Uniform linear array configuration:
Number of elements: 8
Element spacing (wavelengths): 0.75
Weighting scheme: blackman
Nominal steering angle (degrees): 0
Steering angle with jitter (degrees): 1.582
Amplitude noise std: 0.05
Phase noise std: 0.05

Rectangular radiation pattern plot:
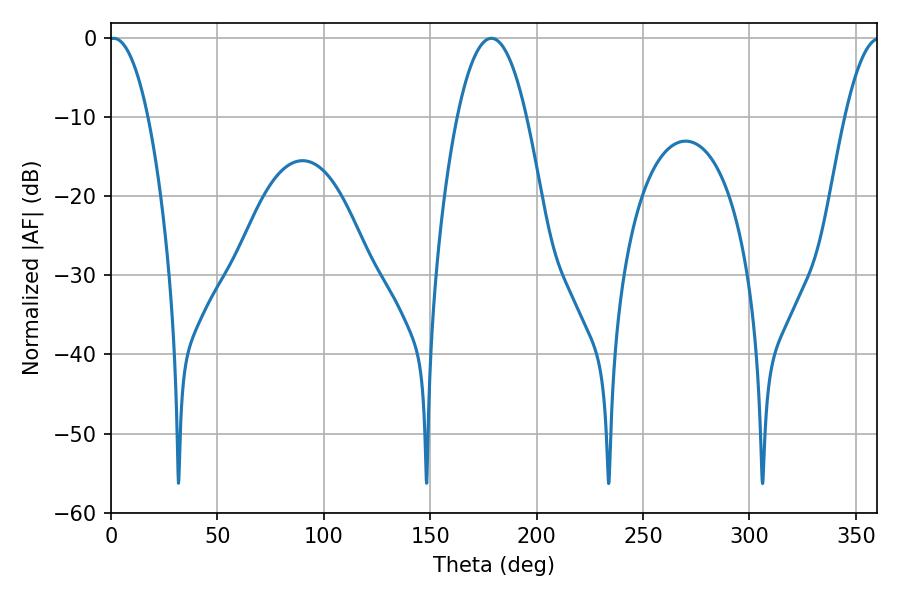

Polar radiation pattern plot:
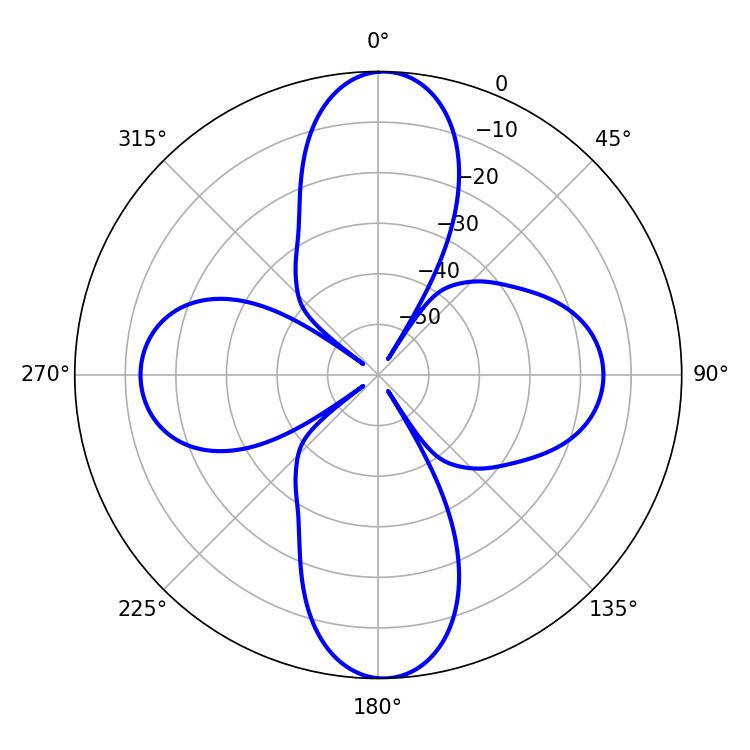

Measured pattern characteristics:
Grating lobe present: TRUE
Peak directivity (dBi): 27.509
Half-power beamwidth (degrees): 10.26
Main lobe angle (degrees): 1.26